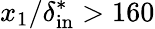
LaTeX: x_{1}/\delta_{\mathrm{in}}^{*}>160